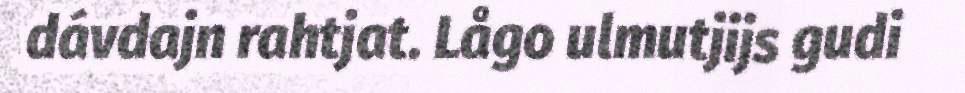
dávdajn rahtjat. Lågo ulmutjijs gudi